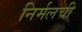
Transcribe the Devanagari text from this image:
निर्मलची